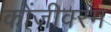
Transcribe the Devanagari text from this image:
कोंजीवरम